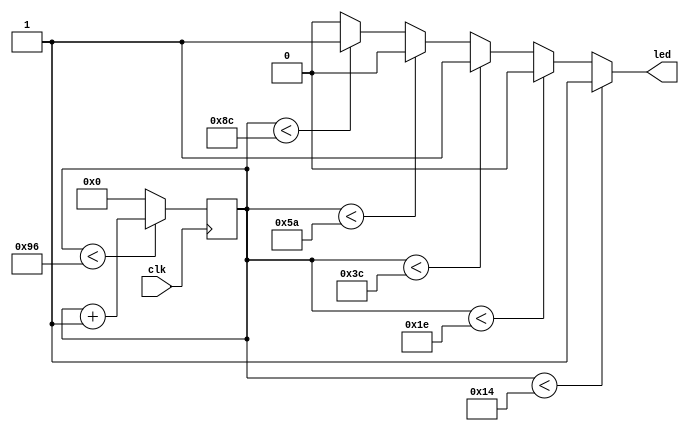

module led (
    input clk,
    output led
);

reg [7:0] counter=0;

always @(posedge clk) begin
    if (counter<150) begin
        counter<=counter+1;
    end else counter<=0;
end

// assign led[0]=(counter<20)?1:0;
// assign led[1]=(counter<40)?1:0;
// assign led[2]=(counter<60)?1:0;
// assign led[3]=(counter<80)?1:0;

// if (counter<20) begin
//     assign led=1;
// end else if (counter<40) begin
//     assign led=0;
// end else if (counter>60) begin
//     assign led=1;
// end else if (counter<80) begin
//     assign led=0;
// end else assign led=1;

assign led=(counter<20)? 1:
            ((counter<30)? 0:
                ((counter<60)? 1:
                    ((counter<90)? 0:    
                        ((counter<140)?1:0))));


    
endmodule